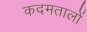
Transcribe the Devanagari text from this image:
कदमतालों